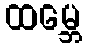
ထမ္ဘေ